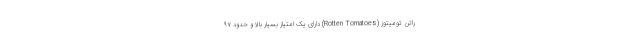
راتن تومیتوز (Rotten Tomatoes) دارای یک امتیاز بسیار بالا و حدود ۹۷